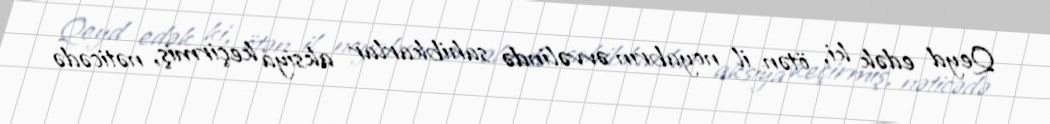
Qeyd edək ki, ötən il noyabrın əvvəlində sahibkarlar aksiya keçirmiş, nəticədə